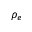
\rho _ { e }